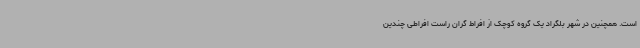
است. همچنین در شهر بلگراد یک گروه کوچک از افراط گران راست افراطی چندین